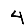
Digit: 4